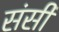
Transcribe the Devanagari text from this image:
संसी